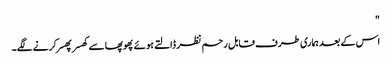
"
اس کے بعد ہماری طرف قابل رحم نظر ڈالتے ہوئے پھوپھا سے کھسر پھسر کرنے لگے۔